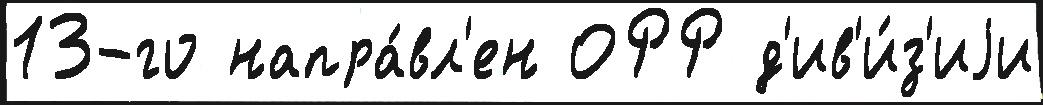
13-го напра́вл'ен ОРР д'ив'и́з'иjи